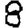
Digit: 8